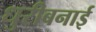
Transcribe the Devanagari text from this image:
धुरीबनाई